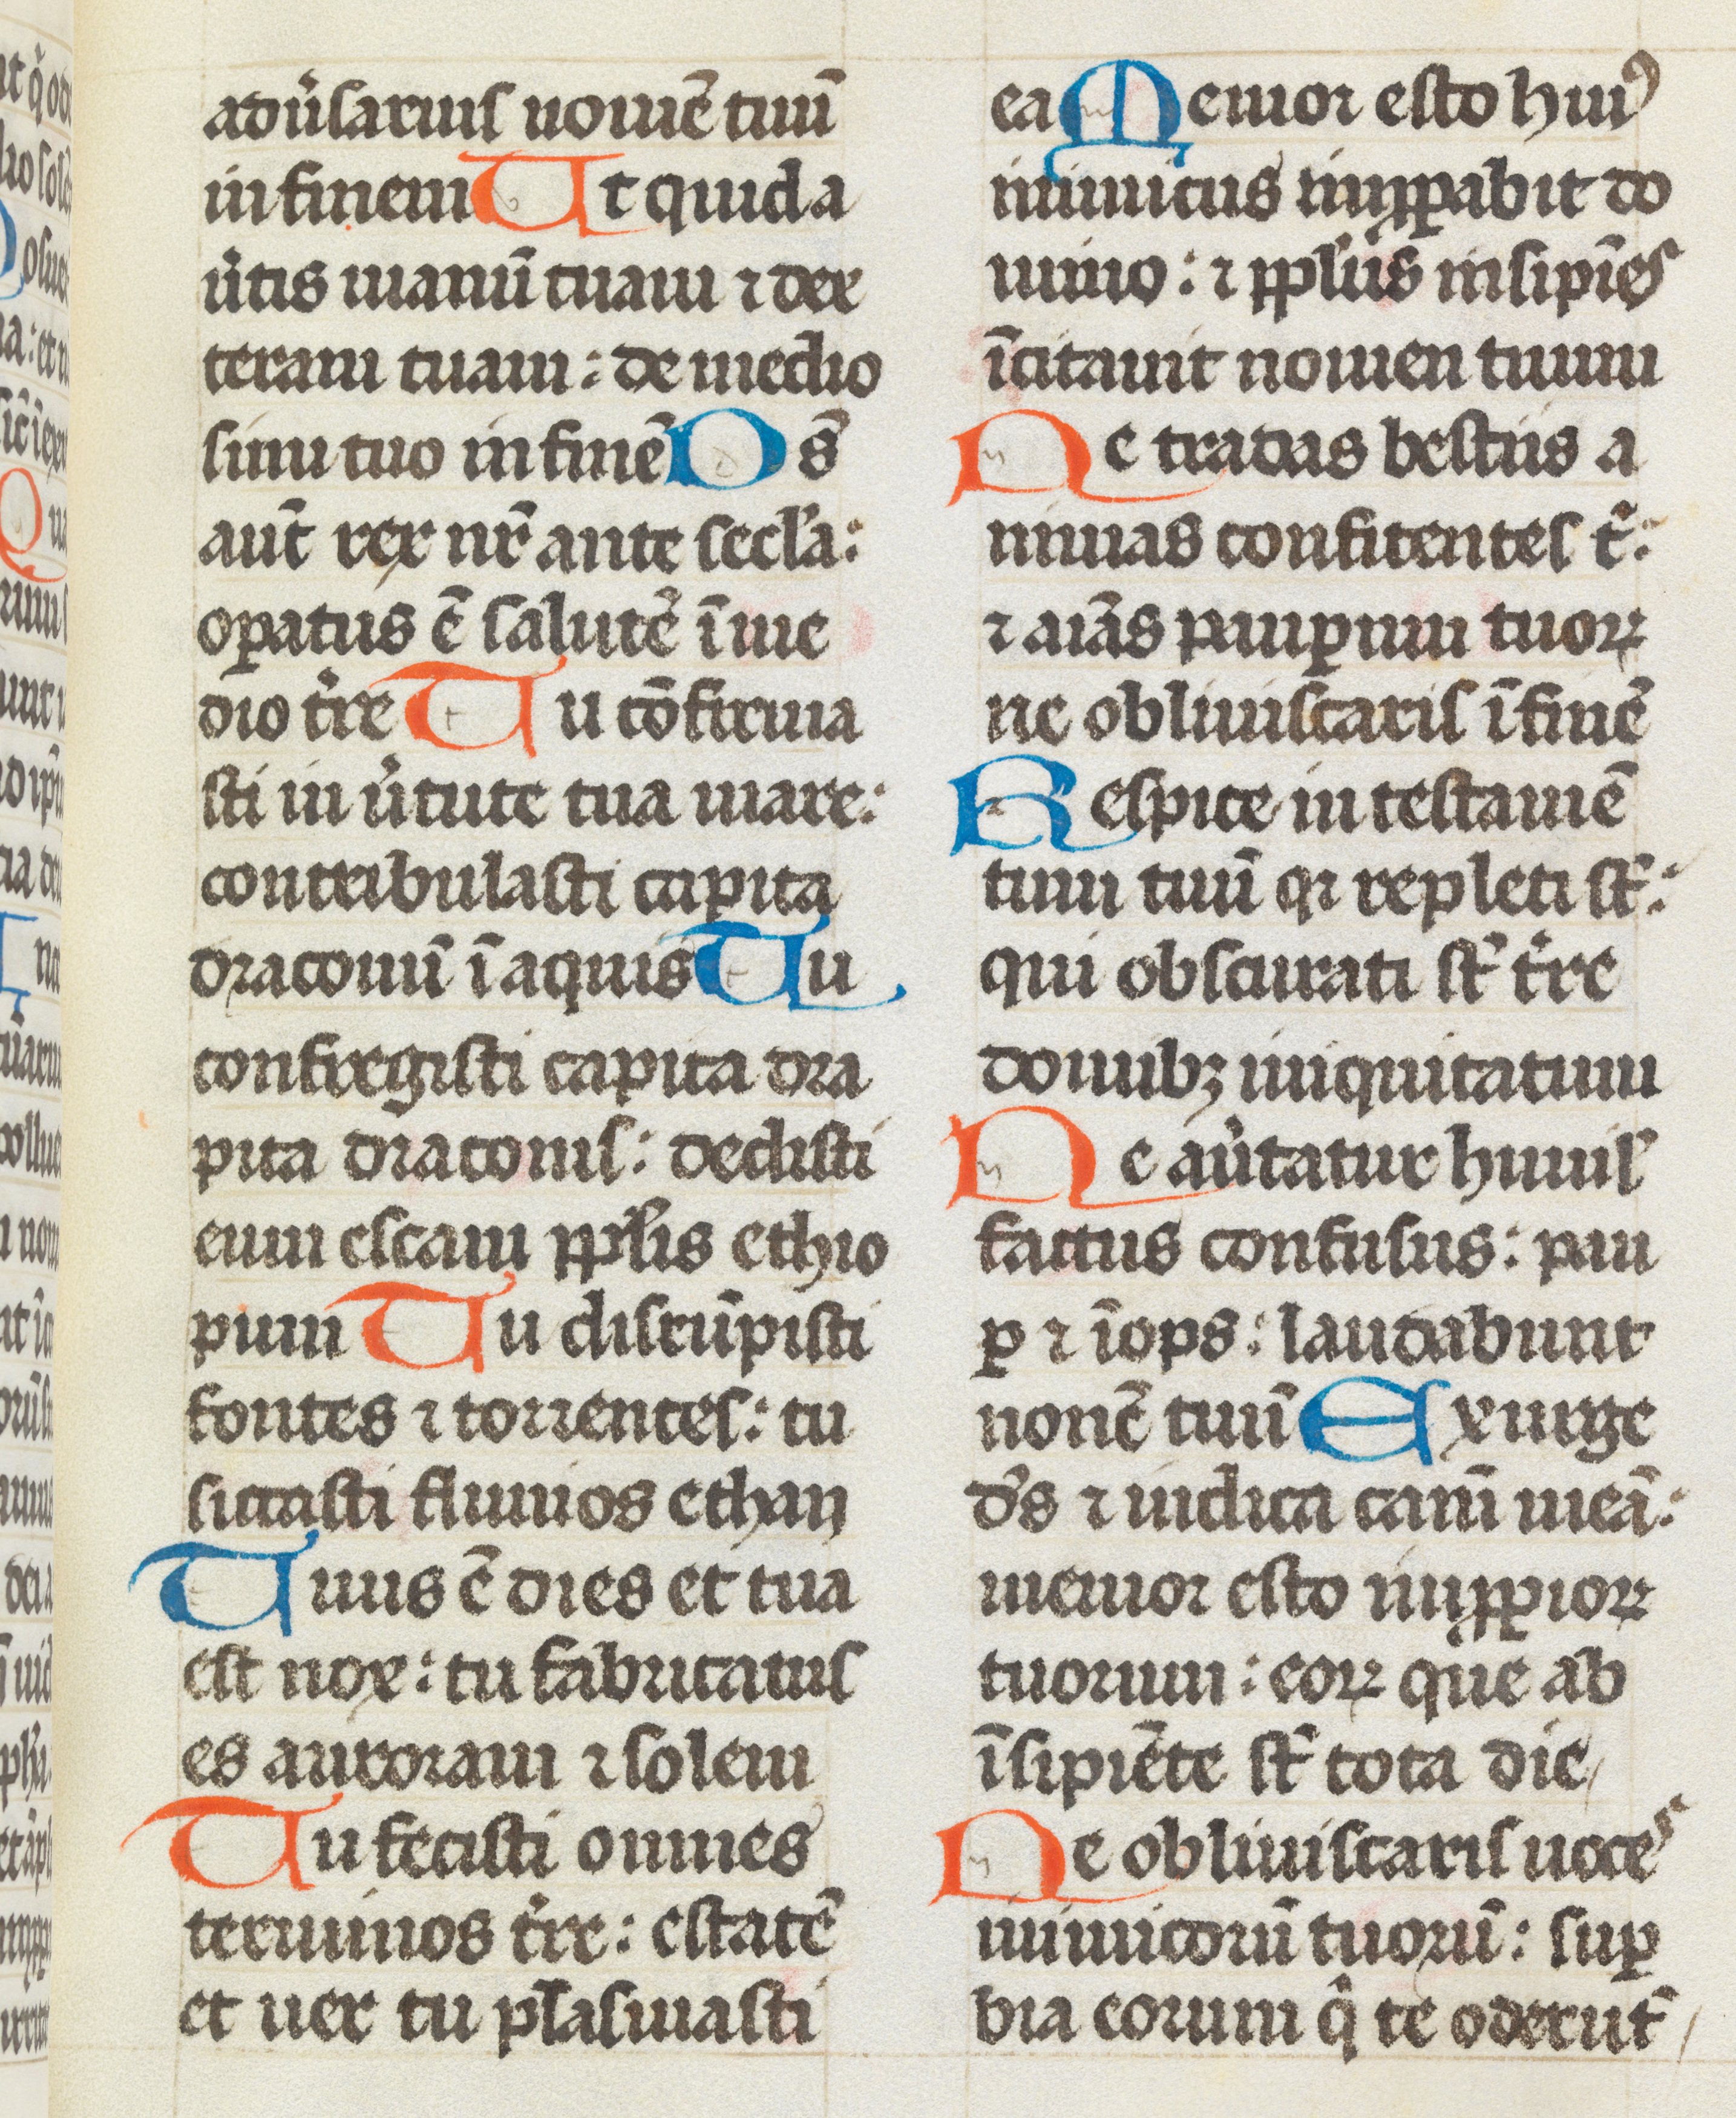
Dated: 1493–1493